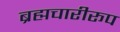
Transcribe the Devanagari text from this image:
ब्रह्मचारीरूप